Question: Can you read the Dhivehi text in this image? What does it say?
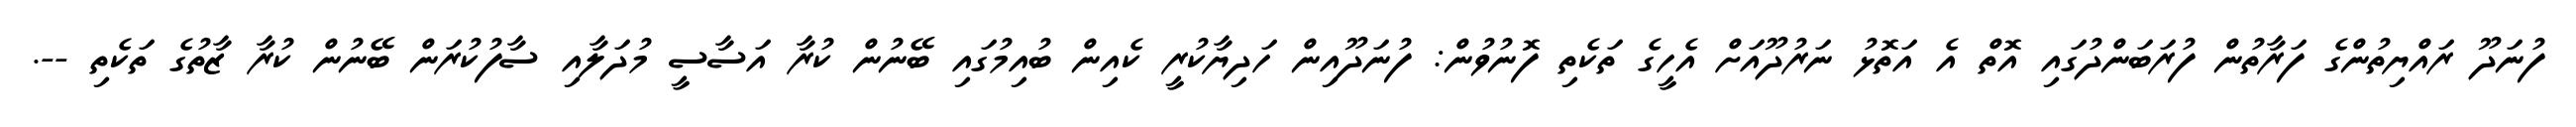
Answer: ފުނަދޫ ރައްޔިތުންގެ ފަރާތުން ފުރަބަންދުގައި އޮތް އެ އަތޮޅު ނަރުދޫއަށް އެހީގެ ތަކެތި ފޮނުވުން: ފުނަދޫއިން ހަދިޔާކުރީ ކެއިން ބުއިމުގައި ބޭނުން ކުރާ އަސާސީ މުދަލާއި ސާފުކުރަން ބޭނުން ކުރާ ޒާތުގެ ތަކެތި --.